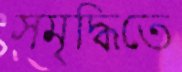
সমৃদ্ধিতে